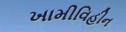
ખામીવિહીન